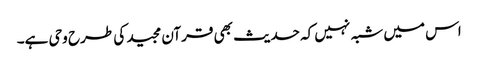
اس میں شبہ نہیں کہ حدیث بھی قرآن مجید کی طرح وحی ہے۔